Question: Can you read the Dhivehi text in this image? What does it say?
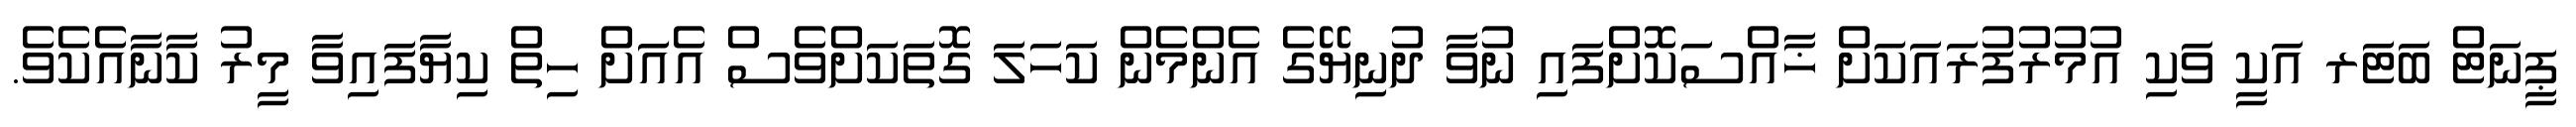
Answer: ޕީނަޓް ބަޓަރ އަކީ ވަކި އުމުރުފުރައަކަށް ޚާއްސަކޮށްފައި ނުވާ ދުނިޔޭގެ އެންމެން ކަހަލަ ގޮތަކަށްވެސް އެއަށް ހިތް ކިޔާފައިވާ މީރު ކާނާއެކެވެ.